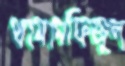
থামামফিজুল